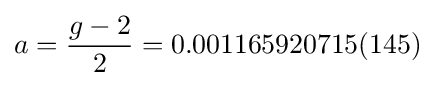
a={\frac {g-2}{2}}=0.001165920715(145)